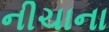
નીચાના